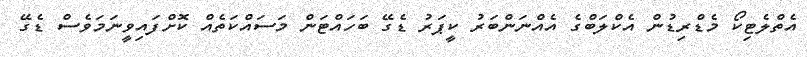
އެތްލެޓިކޯ މެޑްރިޑުން އެކްލަބްގެ އެއްނަންބަރު ކީޕަރު ޑެގޭ ބަހައްޓަން މަސައްކަތެއް ކޮށްފައިވީނަމަވެސް ޑެގޭ